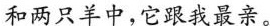
和两只羊中，它跟我最亲。